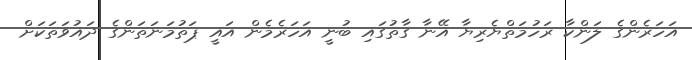
އަހަރެންގެ ލަންކާ ރަހުމަތްޔެރިޔާ އޭނާ ގާތުގައި ބުނީ އަހަރެމެން އައީ ޕަތުމަނަތަންގެ ދައުވަތަކަށް